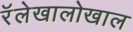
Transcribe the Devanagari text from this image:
रॅलेखालोखाल